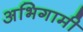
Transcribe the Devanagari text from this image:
अभिगामी